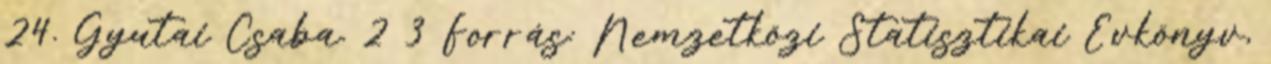
24. Gyutai Csaba. 2 3 Forrás: Nemzetközi Statisztikai Évkönyv,